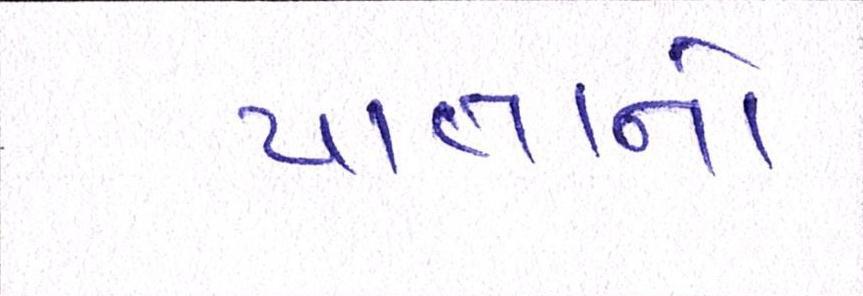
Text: પાતાનો